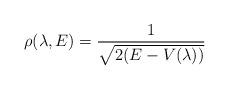
LaTeX: \begin{align*}\rho (\lambda , E ) = \frac{1}{\sqrt{2(E - V(\lambda))}}\end{align*}